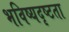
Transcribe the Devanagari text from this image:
भविष्यदृष्टता